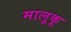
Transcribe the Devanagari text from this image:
मालूकू